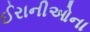
ઈરાનીઓના